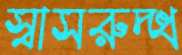
স্বাসরুদ্ধ